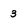
Character: 3